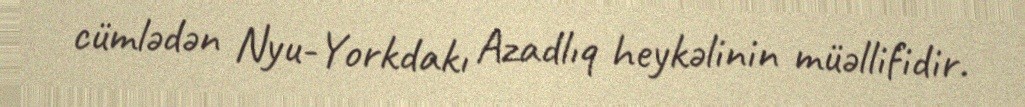
cümlədən Nyu-Yorkdakı Azadlıq heykəlinin müəllifidir.